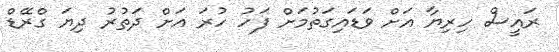
ރައީސް ހިރިޔާ އަށް ވަޑައިގަތުމަށް ފަހު ހުރަ އަށް ދަތުރު ދިޔަ ގްރޭޑް